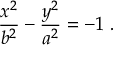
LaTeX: { \frac { x ^ { 2 } } { b ^ { 2 } } } - { \frac { y ^ { 2 } } { a ^ { 2 } } } = - 1 \ .